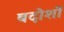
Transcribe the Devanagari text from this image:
बदोशों